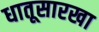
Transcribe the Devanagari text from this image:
धातूसारखा